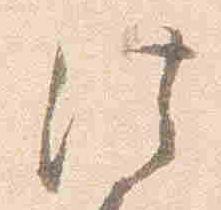
法